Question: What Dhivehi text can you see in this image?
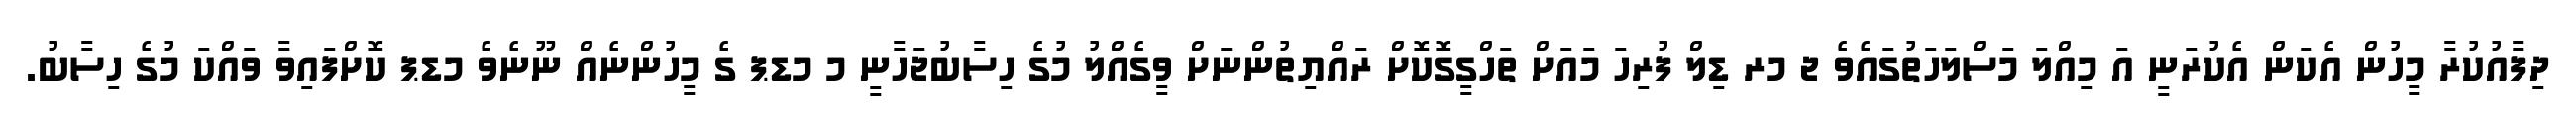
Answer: ދިފާއުކުރާ މީހުން އެކަން އެކުރަނީ އަ މިއްލަ މަސްލަހަތުގައެވެ ޖ މރ ޑިލް ފުރިހަ މައަށް ތަހްގީގޮކޮށް ރައްޔިތުންނަށް ވީގެއްލު މުގެ ހިސާބުޖަހާނީ މ މޑޕ ގެ މީހުންނެއް ނޫނެވެ މޑޕ ކޮށްފައިވާ ވައްކަ މުގެ ހިސާބު.